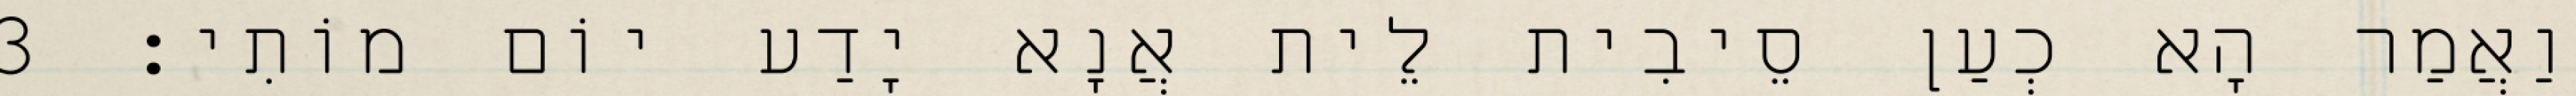
וַאֲמַר הָא כְעַן סֵיבִית לֵית אֲנָא יָדַע יוֹם מוֹתִי׃ 3